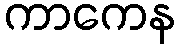
ကာကေန